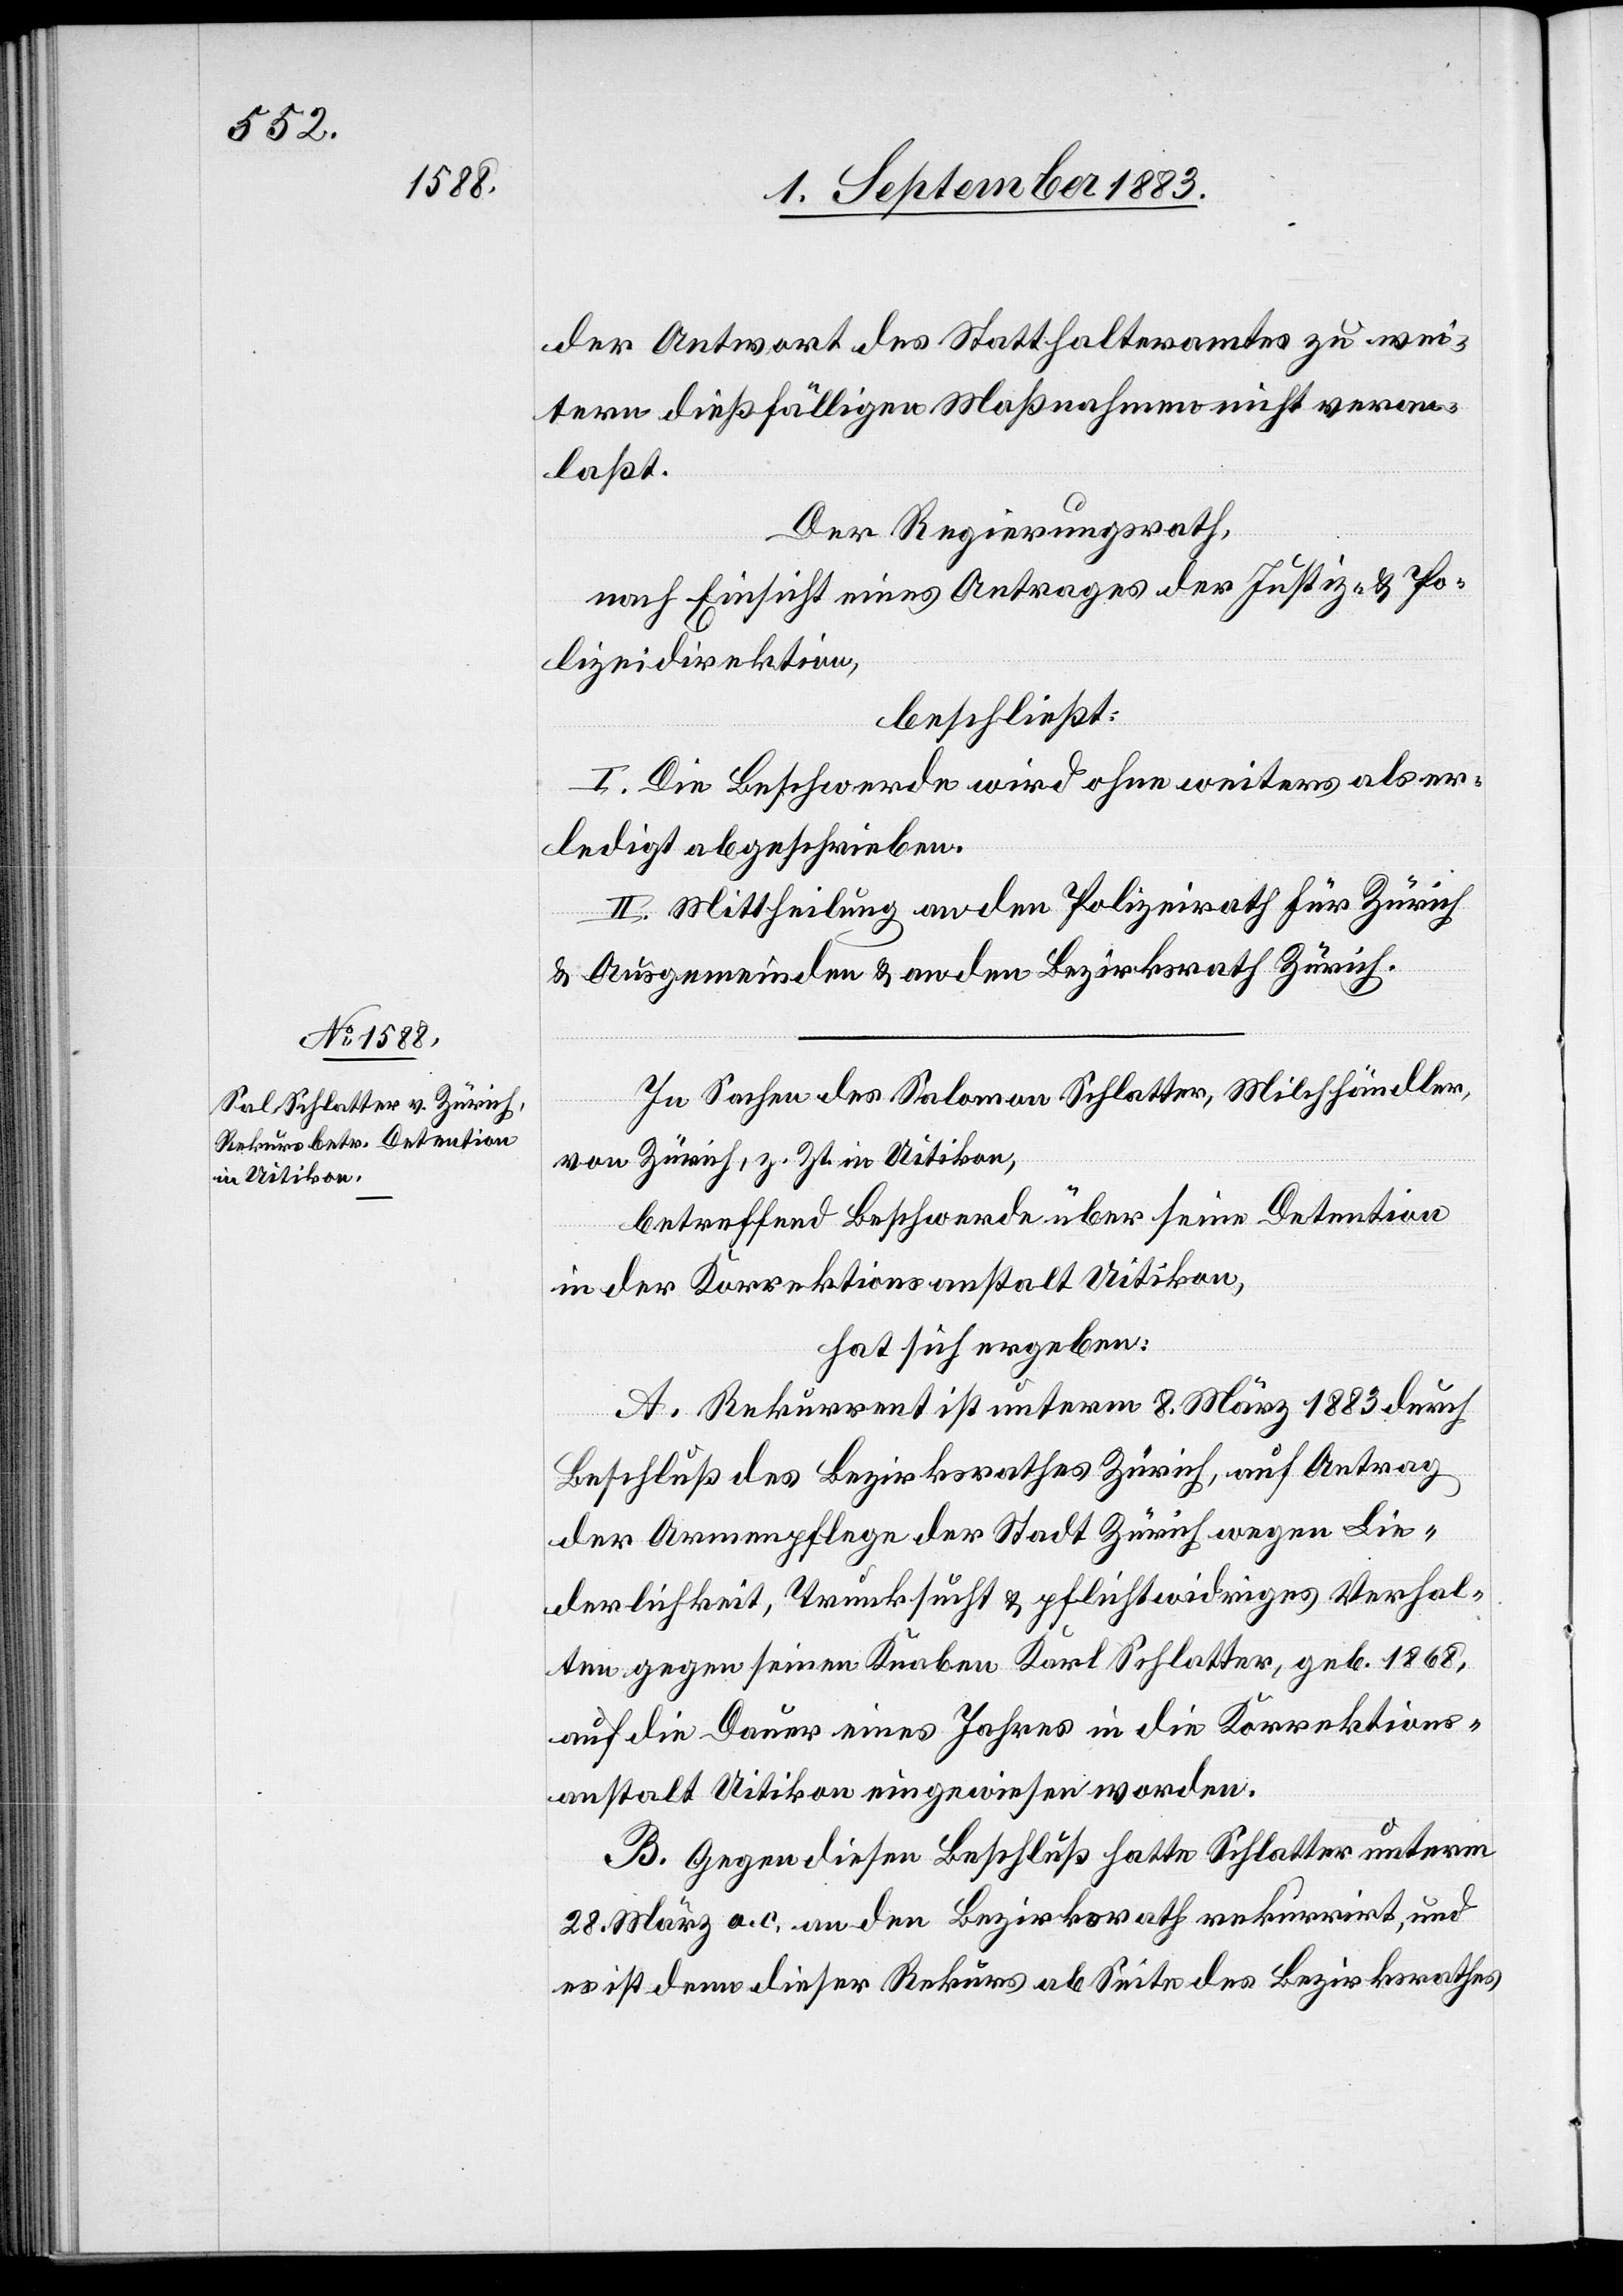
der Antwort des Statthalteramtes zu wei¬
tern dießfälligen Maßnahmen nicht veran¬
laßt.
Der Regierungsrath,
nach Einsicht eines Antrages der Justiz- & Po¬
lizeidirektion,
beschließt:
I. Die Beschwerde wird ohne weiteres als er¬
ledigt abgeschrieben.
II. Mittheilung an den Polizeirath für Zürich
& Ausgemeinden & an den Bezirksrath Zürich.